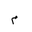
Letter: _mim